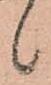
候